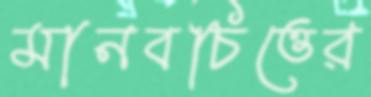
মানবচিত্তের